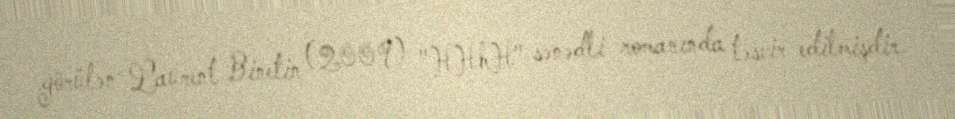
görülən Laurent Binetin (2009) "HHhH" sənədli romanında təsvir edilmişdir.